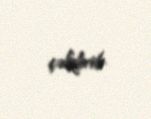
çəkdirib.